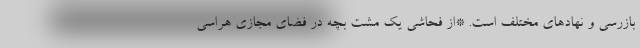
بازرسی و نهادهای مختلف است. *از فحاشی یک مشت بچه در فضای مجازی هراسی